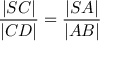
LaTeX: \, { \frac { | S C | } { | C D | } } = { \frac { | S A | } { | A B | } }